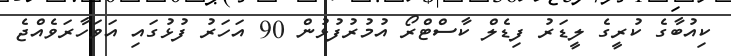
ކިއުބާގެ ކުރީގެ ލީޑަރު ފިޑެލް ކާސްޓްރޯ އުމުރުފުޅުން 90 އަހަރު ފުޅުގައި އަވަހާރަވެއްޖެ